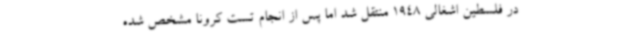
در فلسطین اشغالی 1948 منتقل شد اما پس از انجام تست کرونا مشخص شده